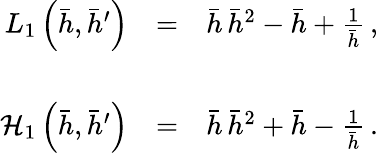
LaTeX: \begin{array}{rlr}{L_{1}\left(\bar{h},\bar{h}^{\prime}\right)}&{=}&{\bar{h}\, \bar{h}^{2}-\bar{h}+\frac{1}{\bar{h}}\, ,}\\ &{}&\\ {{\cal H}_{1}\left(\bar{h},\bar{h}^{\prime}\right)}&{=}&{\bar{h}\, \bar{h}^{2}+\bar{h}-\frac{1}{\bar{h}}\, .}\end{array}